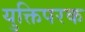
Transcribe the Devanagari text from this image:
युक्तिपरक